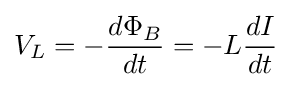
V_{L}=-{d\Phi _{B} \over dt}=-L{dI \over dt}